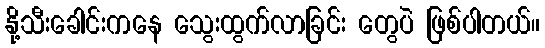
နို့သီးခေါင်းကနေ သွေးထွက်လာခြင်း တွေပဲ ဖြစ်ပါတယ်။